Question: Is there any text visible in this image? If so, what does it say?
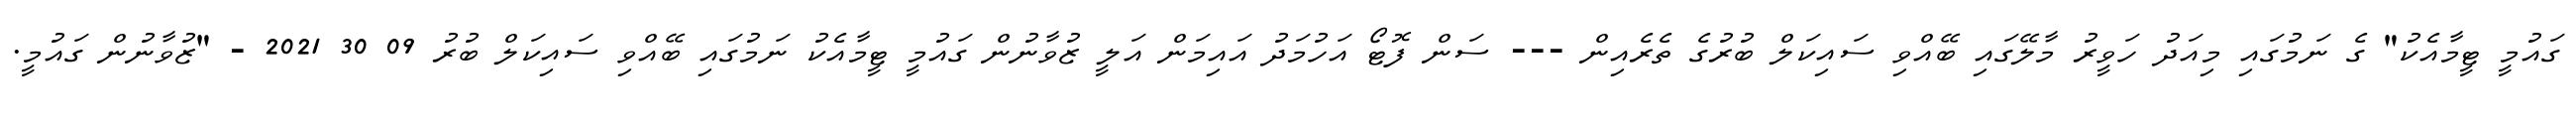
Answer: ގައުމީ ޓީމާއެކު" ގެ ނަމުގައި މިއަދު ހަވީރު މާލޭގައި ބޭއްވި ސައިކަލް ބުރުގެ ތެރެއިން --- ސަން ފޮޓޯ އަހުމަދު އައިމަން އަލީ ޒުވާނުން ގައުމީ ޓީމާއެކު ނަމުގައި ބޭއްވި ސައިކަލް ބުރު 09 30 2021 - "ޒުވާނުން ގައުމީ.